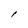
Character: l